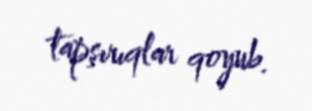
tapşırıqlar qoyub.